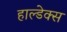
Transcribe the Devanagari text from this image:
हाल्डेक्स